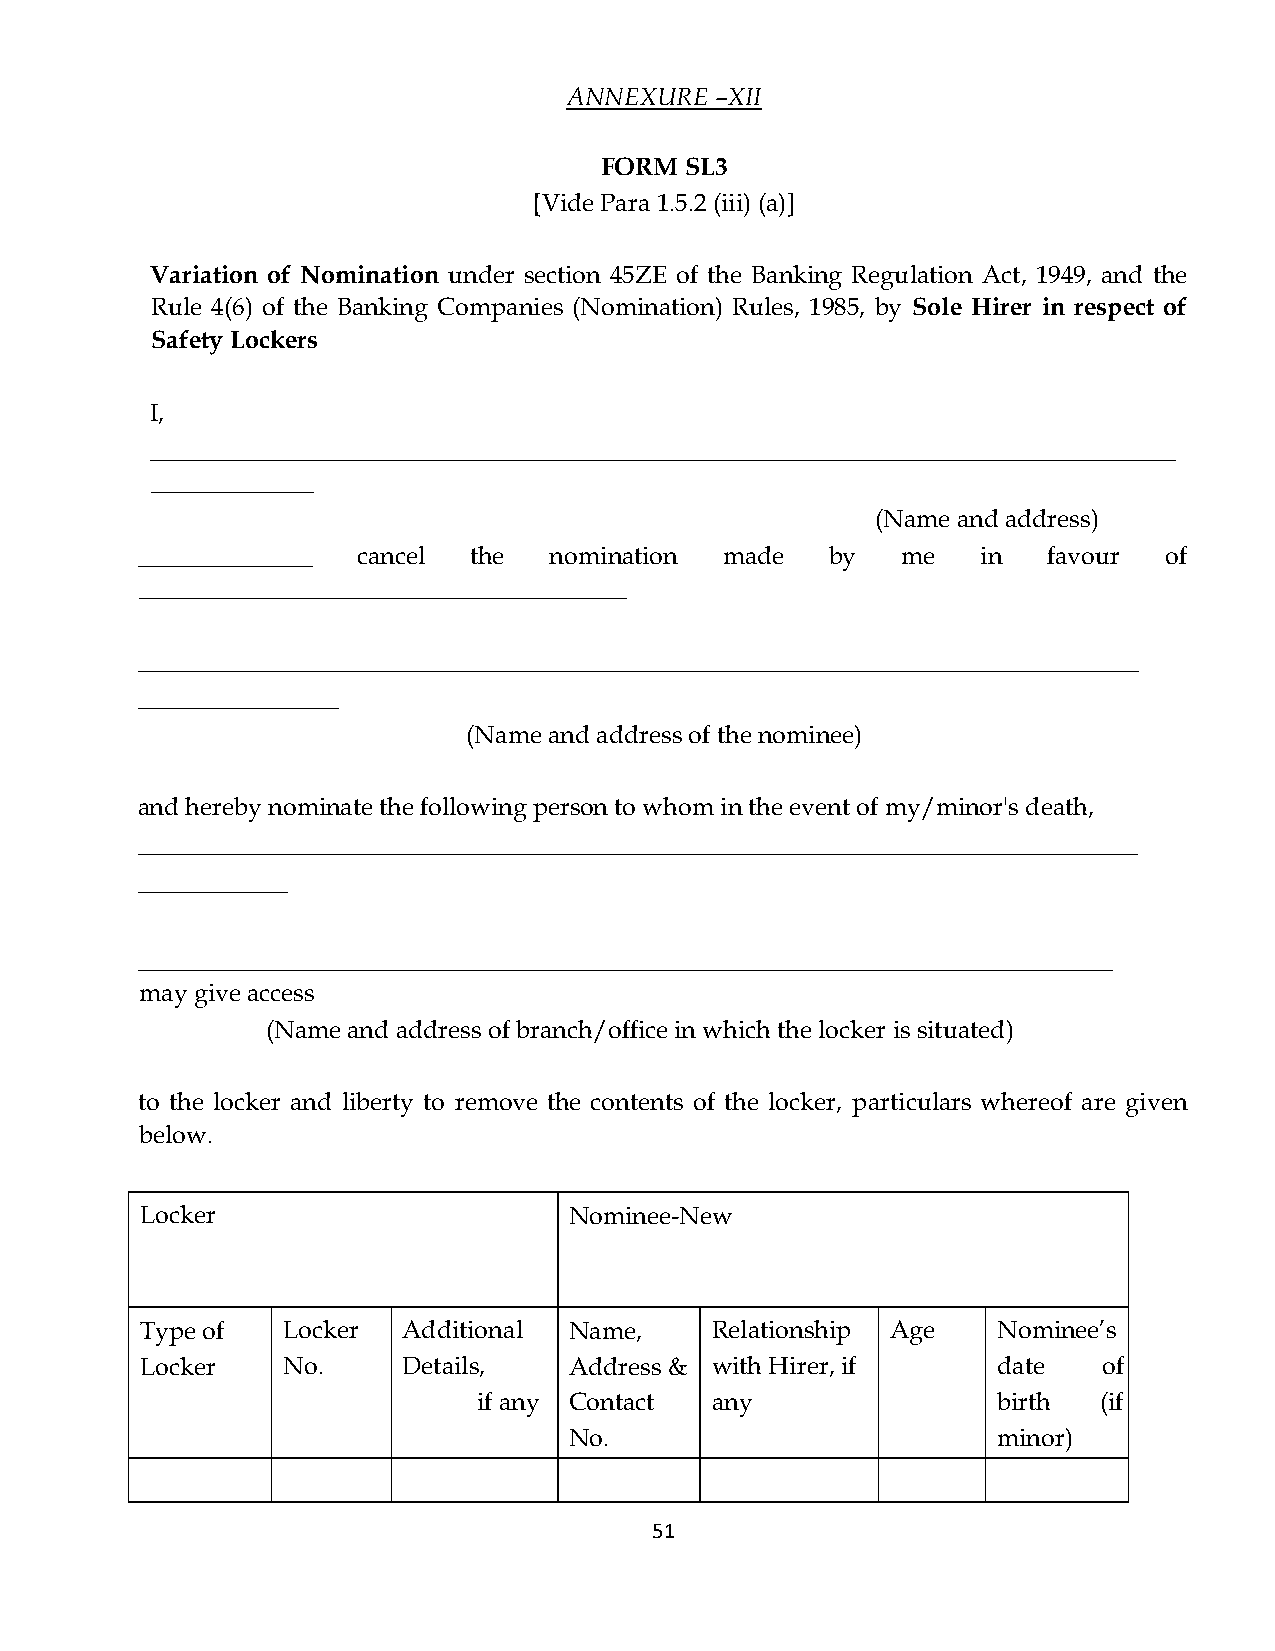
ANNEXURE –XII
 FORM SL3
 [Vide Para 1.5.2 (iii) (a)]
 Variation of Nomination under section 45ZE of the Banking Regulation Act, 1949, and the
 Rule 4(6) of the Banking Companies (Nomination) Rules, 1985, by Sole Hirer in respect of
 Safety Lockers
 I,
 __________________________________________________________________________________
 _____________
 (Name and address)
 ______________ cancel the  nomination  made   by   me   in  favour  of
 _______________________________________
 ________________________________________________________________________________
 ________________
 (Name and address of the nominee)
 and hereby nominate the following person to whom in the event of my/minor's death,
 ________________________________________________________________________________
 ____________
 ______________________________________________________________________________
 may give access
 (Name and address of branch/office in which the locker is situated)
 to the locker and liberty to remove the contents of the locker, particulars whereof are given
 below.
 Locker                       Nominee-New
 Type of   Locker  Additional Name,    Relationship Age   Nominee’s
 Locker    No.     Details,   Address & with Hirer, if    date   of
 if any Contact any                birth  (if
 No.                         minor)
 51